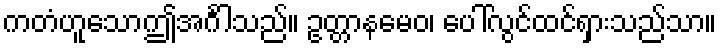
ကတံဟူသောဤအင်္ဂါသည်။ ဥတ္တာနမေဝ၊ ပေါ်လွင်ထင်ရှားသည်သာ။